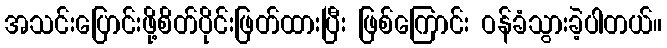
အသင်းပြောင်းဖို့စိတ်ပိုင်းဖြတ်ထားပြီး ဖြစ်ကြောင်း ဝန်ခံသွားခဲ့ပါတယ်။